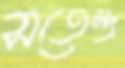
সতেন্দ্র